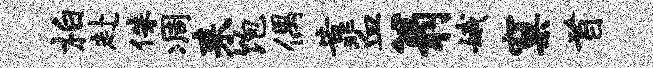
柏赴侏凋耒饱偶靠血翁娥窠首